Report on the bubonic plague in Bombay, 1896-1897
Year: 1896
Disease focus: Plague
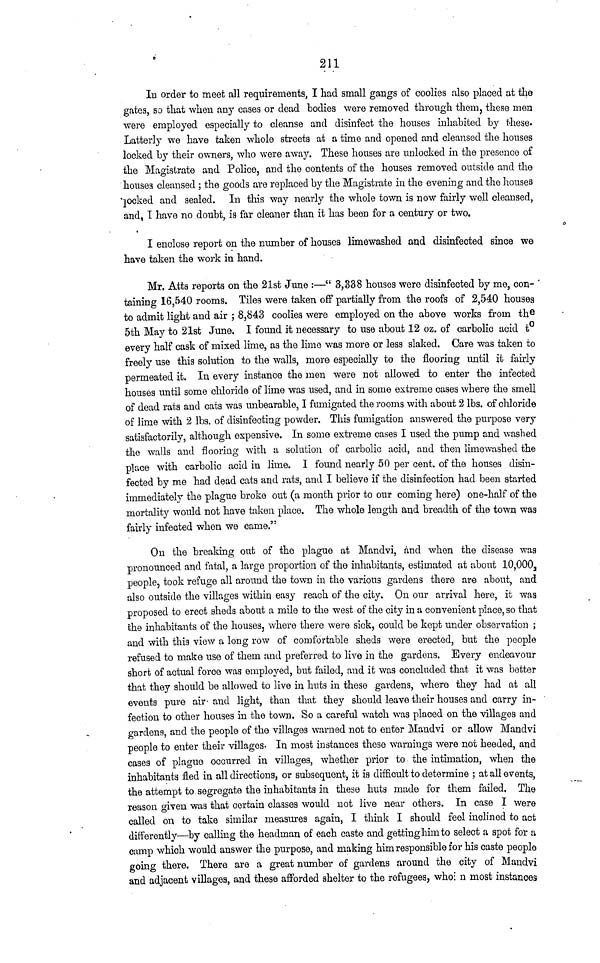
211
In order to meet all requirements, I had small gangs of coolies also placed at the
gates, so that when any cases or dead bodies were removed through them, these men
were employed especially to cleanse and disinfect the houses inhabited by these.
Latterly we have taken whole streets at a time and opened and cleansed the houses
locked by their owners, who were away. These houses are unlocked in the presence of
the Magistrate and Police, and the contents of the houses removed outside and the
houses cleansed ; the goods are replaced by the Magistrate in the evening and the houses
locked and sealed. In this way nearly the whole town is now fairly well cleansed,
and, I have no doubt, is far cleaner than it has been for a century or two.
I enclose report on the number of houses limewashed and disinfected since we
have taken the work in hand.
Mr. Atts reports on the 21st June :—" 3,838 houses were disinfected by me, con-
taining 16,540 rooms. Tiles were taken off partially from the roofs of 2,540 houses
to admit light and air ; 8,843 coolies were employed on the above works from the
5th May to 21st June. I found it necessary to use about 12 oz. of carbolic acid t°e
very half cask of mixed lime, as the lime was more or less slaked. Care was taken to
freely use this solution to the walls, more especially to the flooring until it fairly
permeated it. In every instance the men were not allowed to enter the infected
houses until some chloride of lime was used, and in some extreme cases where the smell
of dead rats and cats was unbearable, I fumigated the rooms with about 2 Ibs. of chloride
of lime with 2 Ibs. of disinfecting powder. This fumigation answered the purpose very
satisfactorily, although expensive. In some extreme cases I used the pump and washed
the walls and flooring with a solution of carbolic acid, and then limewashed the
place with carbolic acid in lime. I found nearly 50 per cent. of the houses disin-
fected by me had dead cats and rats, and I believe if the disinfection had been started
immediately the plague broke out (a month prior to our coming here) one-half of the
mortality would not have taken place. The whole length and breadth of the town was
fairly infected when we came."
On the breaking out of the plague at Mandvi, and when the disease was
pronounced and fatal, a large proportion of the inhabitants, estimated at about 10,000
people, took refuge all around the town in the various gardens there are about, and
also outside the villages within easy reach of the city. On our arrival here, it was
proposed to erect sheds about a mile to the west of the city in a convenient place, so that
the inhabitants of the houses, where there were sick, could be kept under observation ;
and with this view a long row of comfortable sheds were erected, but the people
refused to make use of them and preferred to live in the gardens. Every endeavour
short of actual force wag employed, but failed, and it was concluded that it was better
that they should be allowed to live in huts in these gardens, where they had at all
events pure air and light, than that they should leave their houses and carry in-
fection to other houses in the town. So a careful watch was placed on the villages and
gardens, and the people of the villages warned not to enter Mandvi or allow Mandvi
people to enter their villages- In most instances these warnings were not heeded, and
cases of plague occurred in villages, whether prior to the intimation, when the
inhabitants fled in all directions, or subsequent, it is difficult to determine ; at all events,
the attempt to segregate the inhabitants in these huts made for them failed. The
reason given was that certain classes would not live near others. In case I were
called on to take similar measures again, I think I should feel inclined to act
differently—by calling the headman of each caste and getting him to select a spot for a
camp which would answer the purpose, and making him responsible for his caste people
going there. There are a great number of gardens around the city of Mandvi
and adjacent villages, and these afforded shelter to the refugees, who: n most instances